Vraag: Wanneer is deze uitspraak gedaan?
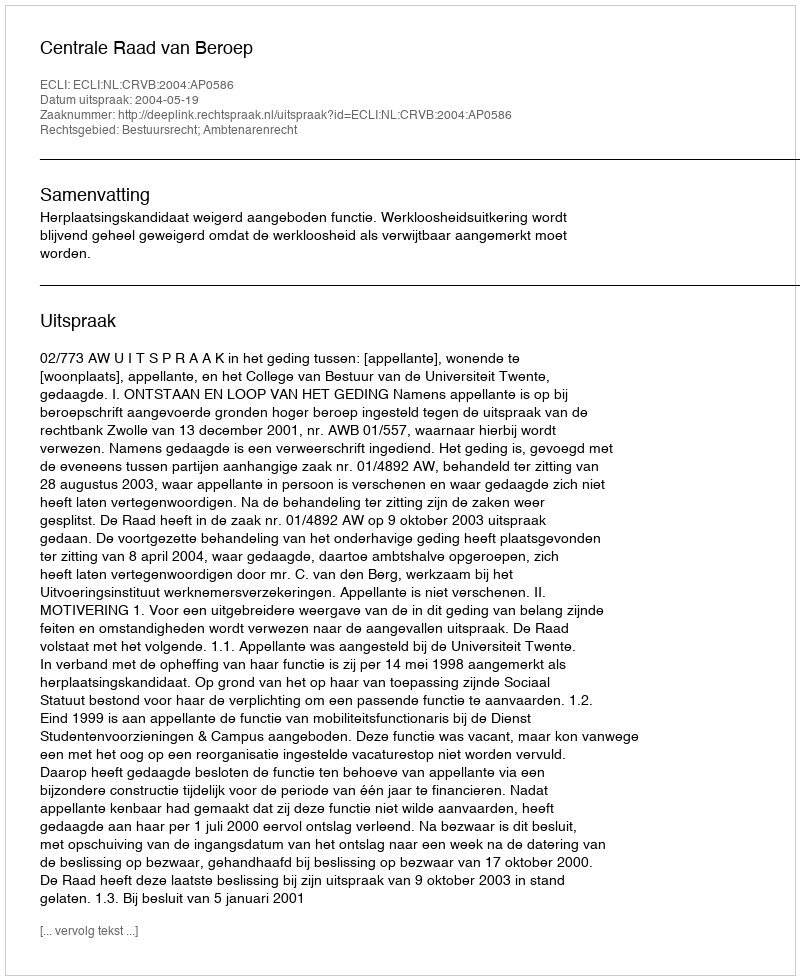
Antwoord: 2004-05-19